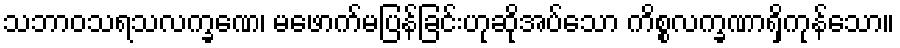
သဘာဝသရသလက္ခဏေ၊ မဖောက်မပြန်ခြင်းဟုဆိုအပ်သော ကိစ္စလက္ခဏာရှိကုန်သော။